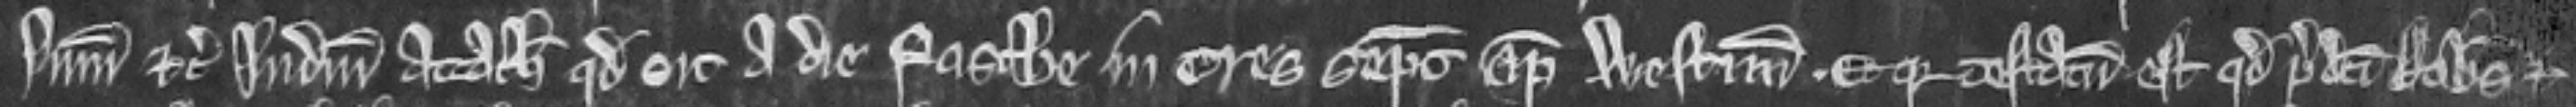
summonicio etc. judicium attachientur quod sint a die Pasche in tres septimanas apud Westmonasterium. Et quia testatum est quod predicti Robertus et